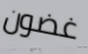
غضون